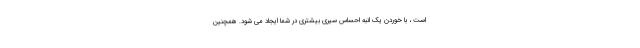
است ، با خوردن یک انبه احساس سیری بیشتری در شما ایجاد می شود. همچنین